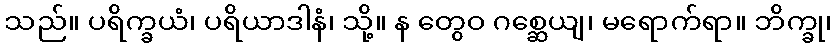
သည်။ ပရိက္ခယံ၊ ပရိယာဒါနံ၊ သို့။ န တွေဝ ဂစ္ဆေယျ၊ မရောက်ရာ။ ဘိက္ခု၊